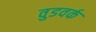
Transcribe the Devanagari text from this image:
वुडवर्क